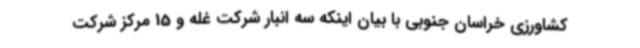
کشاورزی خراسان جنوبی با بیان اینکه سه انبار شرکت غله و 15 مرکز شرکت